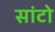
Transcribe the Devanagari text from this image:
सांटो